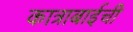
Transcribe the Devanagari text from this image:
कात्राबाईची